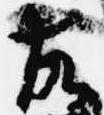
故